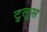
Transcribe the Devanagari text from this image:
टुलूस